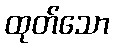
ထုတ်သော